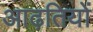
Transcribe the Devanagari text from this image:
आढ़तियों